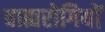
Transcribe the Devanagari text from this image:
वाह्यरोगियों